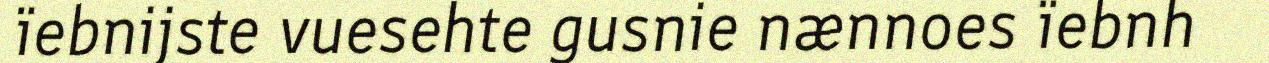
ïebnijste vuesehte gusnie nænnoes ïebnh